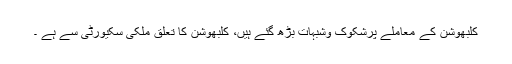
کلبھوشن کے معاملے پرشکوک وشبہات بڑھ گئے ہیں، کلبھوشن کا تعلق ملکی سکیورٹی سے ہے ۔